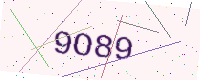
Text: 9O89